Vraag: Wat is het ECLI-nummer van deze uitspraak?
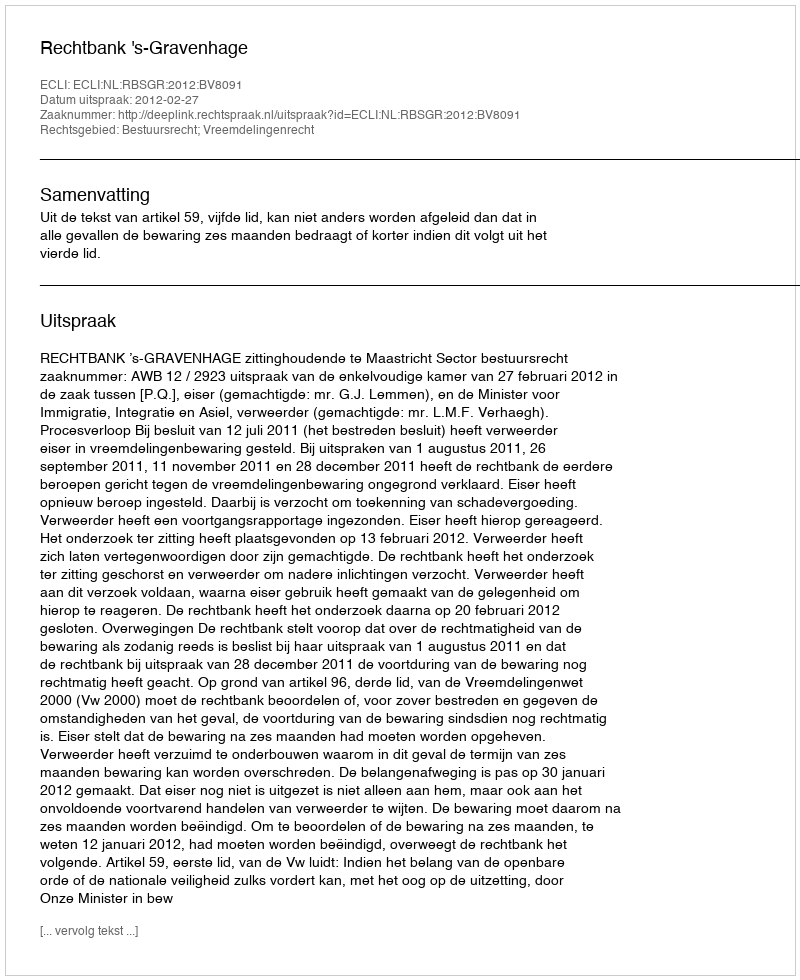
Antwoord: ECLI:NL:RBSGR:2012:BV8091